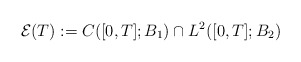
\begin{align*}\mathcal{E}(T) := C([0,T];B_1) \cap L^2([0,T];B_2)\end{align*}